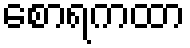
စောရကထာ